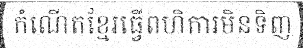
កំណើតខ្មែរធ្វើពហិការមិនទិញ